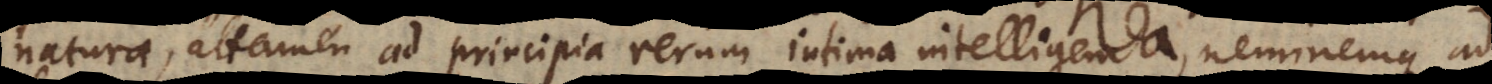
naturae, attamen ad principia rerum intima intelligenda, neminemque ad